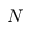
N